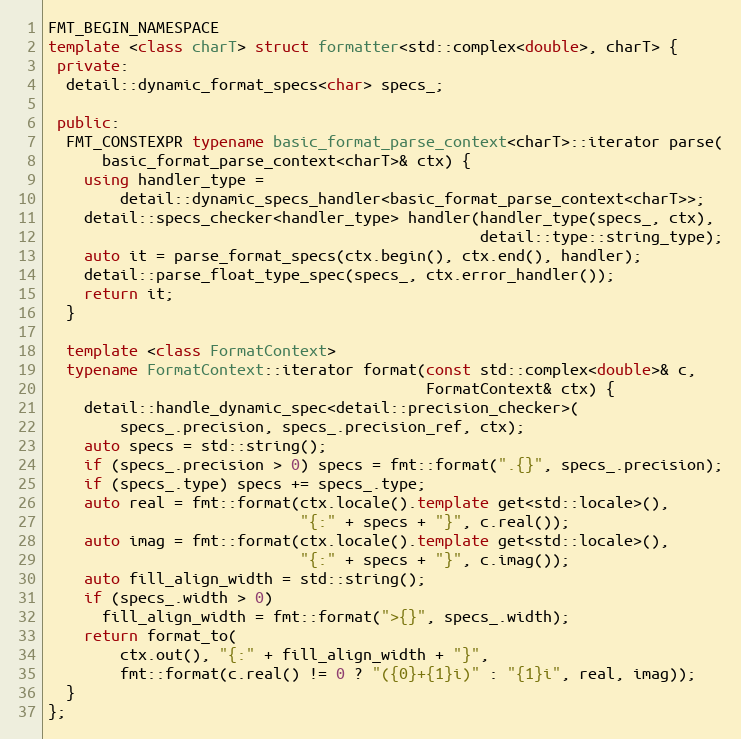
Language: C++
FMT_BEGIN_NAMESPACE
template <class charT> struct formatter<std::complex<double>, charT> {
 private:
  detail::dynamic_format_specs<char> specs_;

 public:
  FMT_CONSTEXPR typename basic_format_parse_context<charT>::iterator parse(
      basic_format_parse_context<charT>& ctx) {
    using handler_type =
        detail::dynamic_specs_handler<basic_format_parse_context<charT>>;
    detail::specs_checker<handler_type> handler(handler_type(specs_, ctx),
                                                detail::type::string_type);
    auto it = parse_format_specs(ctx.begin(), ctx.end(), handler);
    detail::parse_float_type_spec(specs_, ctx.error_handler());
    return it;
  }

  template <class FormatContext>
  typename FormatContext::iterator format(const std::complex<double>& c,
                                          FormatContext& ctx) {
    detail::handle_dynamic_spec<detail::precision_checker>(
        specs_.precision, specs_.precision_ref, ctx);
    auto specs = std::string();
    if (specs_.precision > 0) specs = fmt::format(".{}", specs_.precision);
    if (specs_.type) specs += specs_.type;
    auto real = fmt::format(ctx.locale().template get<std::locale>(),
                            "{:" + specs + "}", c.real());
    auto imag = fmt::format(ctx.locale().template get<std::locale>(),
                            "{:" + specs + "}", c.imag());
    auto fill_align_width = std::string();
    if (specs_.width > 0)
      fill_align_width = fmt::format(">{}", specs_.width);
    return format_to(
        ctx.out(), "{:" + fill_align_width + "}",
        fmt::format(c.real() != 0 ? "({0}+{1}i)" : "{1}i", real, imag));
  }
};